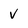
Character: v